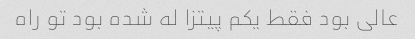
عالی بود فقط یکم پیتزا له شده بود تو راه